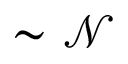
\sim \mathcal { N }